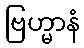
ဗြဟ္မာနံ